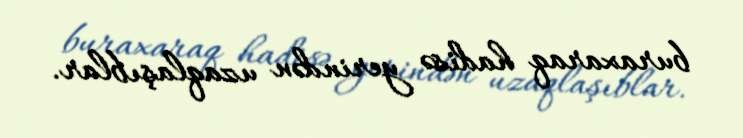
buraxaraq hadisə yerindən uzaqlaşıblar.